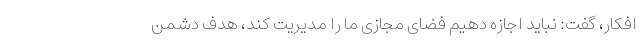
افکار، گفت: نباید اجازه دهیم فضای مجازی ما را مدیریت کند، هدف دشمن